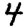
Digit: 4